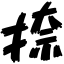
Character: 捺